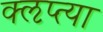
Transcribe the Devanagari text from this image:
क्‍ऌप्‍त्या